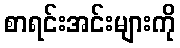
စာရင်းအင်းများကို